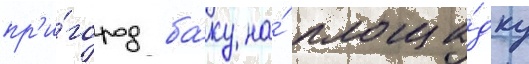
пр'и́город ба́ку на́ площа́дку